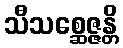
သီသစ္ဆေဇ္ဇန္တိ